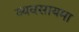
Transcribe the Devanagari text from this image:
व्यवसायमा